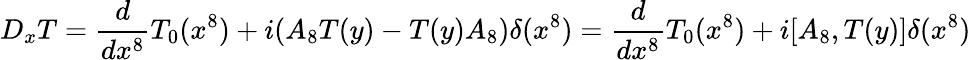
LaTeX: D_{x}T=\frac{d}{dx^{8}}T_{0}(x^{8})+i(A_{8}T(y)-T(y)A_{8})\delta(x^{8})=\frac{d}{dx^{8}}T_{0}(x^{8})+i[A_{8},T(y)]\delta(x^{8})